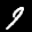
Label: 9